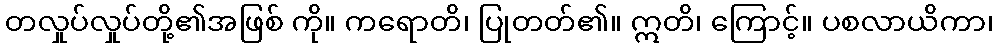
တလှုပ်လှုပ်တို့၏အဖြစ် ကို။ ကရောတိ၊ ပြုတတ်၏။ ဣတိ၊ ကြောင့်။ ပစလာယိကာ၊